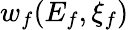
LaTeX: w_{f}(E_{f},\xi_{f})